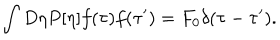
LaTeX: \int D \eta P [ \eta ] f ( \tau ) f ( \tau ^ { \prime } ) = F _ { 0 } \delta ( \tau - \tau ^ { \prime } ) .